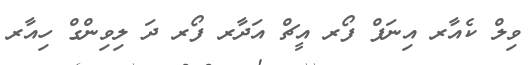
ވިލް ކެއާރ އިނަފް ފޯރ އީޗް އަދާރ ފޯރ ދަ ލިވިންގް ހިއާރ